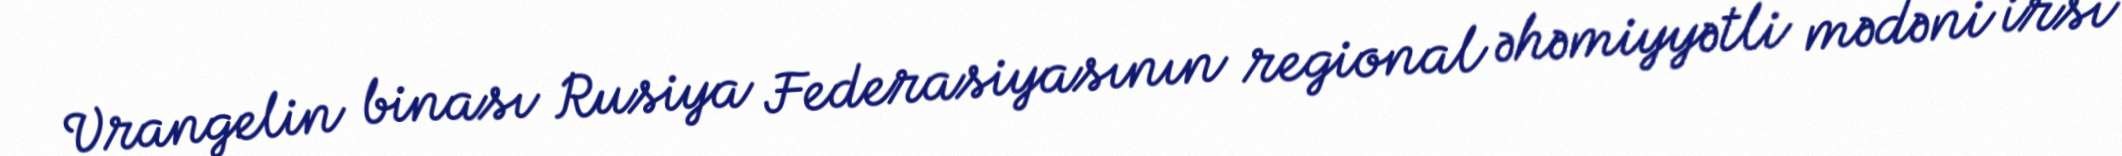
Vrangelin binası Rusiya Federasiyasının regional əhəmiyyətli mədəni irsi